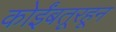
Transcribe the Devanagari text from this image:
कोईंबतूरहून